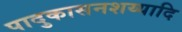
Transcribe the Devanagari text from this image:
पादुकासनशय्यादि